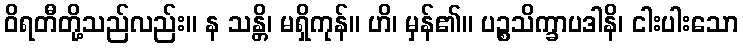
ဝိရတီတို့သည်လည်း။ န သန္တိ၊ မရှိကုန်။ ဟိ၊ မှန်၏။ ပဉ္စသိက္ခာပဒါနိ၊ ငါးပါးသော